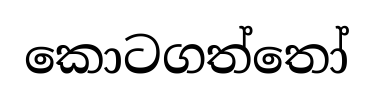
කොටගත්තෝ